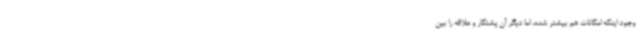
وجود اینکه امکانات هم بیشتر شده، اما دیگر آن پشتکار و علاقه را بین